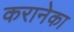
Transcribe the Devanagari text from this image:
करानेका